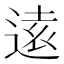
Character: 逺